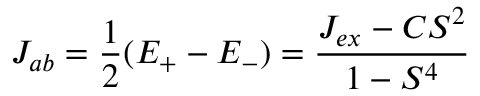
\ J _ { a b } = { \frac { 1 } { 2 } } ( E _ { + } - E _ { - } ) = { \frac { J _ { e x } - C S ^ { 2 } } { 1 - S ^ { 4 } } }